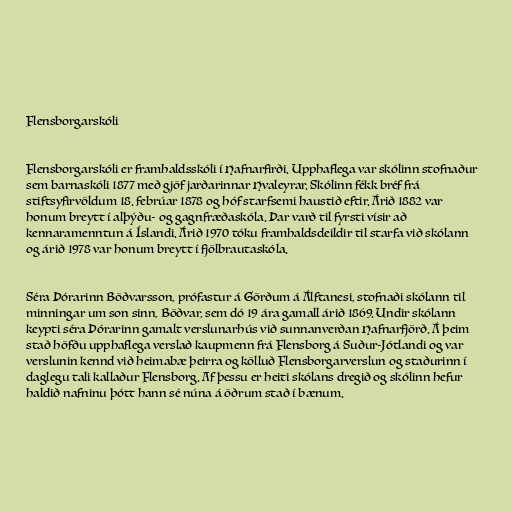
Flensborgarskóli

Flensborgarskóli er framhaldsskóli í Hafnarfirði. Upphaflega var skólinn stofnaður
sem barnaskóli 1877 með gjöf jarðarinnar Hvaleyrar. Skólinn fékk bréf frá
stiftsyfirvöldum 18. febrúar 1878 og hóf starfsemi haustið eftir. Árið 1882 var
honum breytt í alþýðu- og gagnfræðaskóla. Þar varð til fyrsti vísir að
kennaramenntun á Íslandi. Árið 1970 tóku framhaldsdeildir til starfa við skólann
og árið 1978 var honum breytt í fjölbrautaskóla.

Séra Þórarinn Böðvarsson, prófastur á Görðum á Álftanesi, stofnaði skólann til
minningar um son sinn, Böðvar, sem dó 19 ára gamall árið 1869. Undir skólann
keypti séra Þórarinn gamalt verslunarhús við sunnanverðan Hafnarfjörð. Á þeim
stað höfðu upphaflega verslað kaupmenn frá Flensborg á Suður-Jótlandi og var
verslunin kennd við heimabæ þeirra og kölluð Flensborgarverslun og staðurinn í
daglegu tali kallaður Flensborg. Af þessu er heiti skólans dregið og skólinn hefur
haldið nafninu þótt hann sé núna á öðrum stað í bænum.